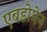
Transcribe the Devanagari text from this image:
एबडोमेन